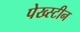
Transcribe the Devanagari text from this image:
पेख्स्टीन